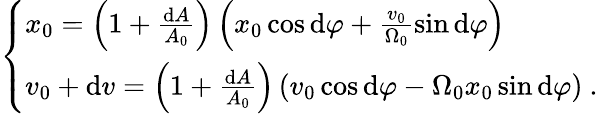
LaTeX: \left\{ \begin{array}{l}{x_{0}=\left(1+\frac{\mathrm{d}A}{A_{0}}\right)\left(x_{0}\cos\mathrm{d}\varphi+\frac{v_{0}}{\Omega_{0}}\sin\mathrm{d}\varphi\right)}\\ {v_{0}+\mathrm{d}v=\left(1+\frac{\mathrm{d}A}{A_{0}}\right)\left(v_{0}\cos\mathrm{d}\varphi-\Omega_{0}x_{0}\sin\mathrm{d}\varphi\right)\mathrm{~.~}}\end{array}\right.